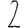
Digit: 2